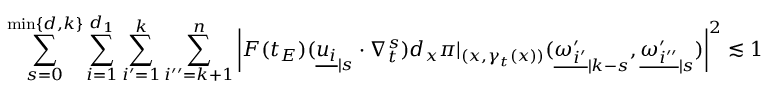
\sum _ { s = 0 } ^ { \operatorname* { m i n } \{ d , k \} } \sum _ { i = 1 } ^ { d _ { 1 } } \sum _ { i ^ { \prime } = 1 } ^ { k } \sum _ { i ^ { \prime \prime } = k + 1 } ^ { n } \left| F ( t _ { E } ) ( { \underline { { u _ { i } } } } _ { | s } \cdot \nabla _ { t } ^ { s } ) d _ { x } \pi | _ { ( x , \gamma _ { t } ( x ) ) } ( { \underline { { \omega _ { i ^ { \prime } } ^ { \prime } } } } _ { | k - s } , { \underline { { \omega _ { i ^ { \prime \prime } } ^ { \prime } } } } _ { | s } ) \right| ^ { 2 } \lesssim 1